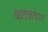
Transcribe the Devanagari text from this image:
कटकवार